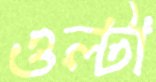
ওল্‌টা